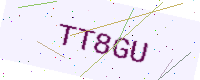
Text: TT8GU